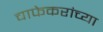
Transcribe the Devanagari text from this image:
चाफेकरांच्या